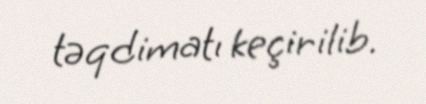
təqdimatı keçirilib.